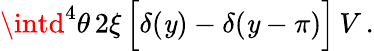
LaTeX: \intd^{4}\theta\, 2\xi\, \Big[\delta(\mathit{y})-\delta(\mathit{y}-\pi)\Big]\, V\, .